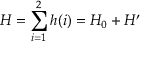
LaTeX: H = \sum _ { i = 1 } ^ { 2 } h ( i ) = H _ { 0 } + H ^ { \prime }